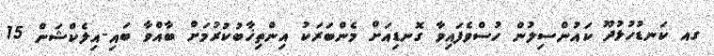
ގއ ކަނޑުހުޅުދޫ ކައުންސިލުން ހުސްވެފައިވާ ގޮނޑިއަށް މެންބަރަކު އިންތިޚާބުކުރުމަށް ބާއްވާ ބައި-އިލެކްޝަން 15